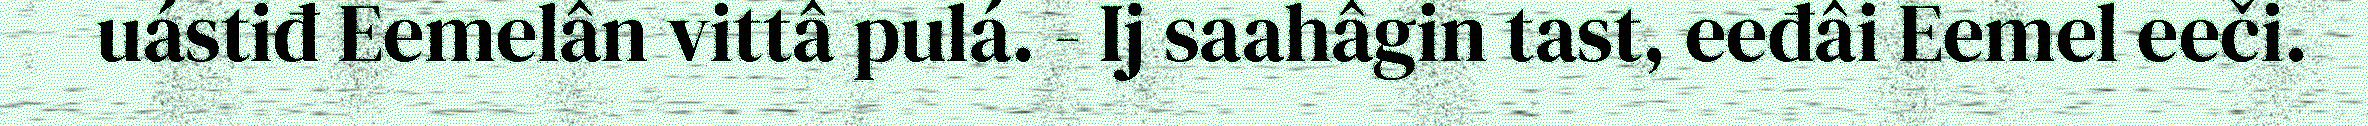
uástiđ Eemelân vittâ pulá. - Ij saahâgin tast, eeđâi Eemel eeči.